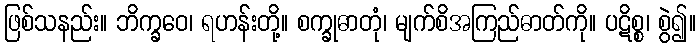
ဖြစ်သနည်း။ ဘိက္ခဝေ၊ ရဟန်းတို့။ စက္ခုဓာတုံ၊ မျက်စိအကြည်ဓာတ်ကို။ ပဋိစ္စ၊ စွဲ၍။